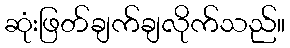
ဆုံးဖြတ်ချက်ချလိုက်သည်။